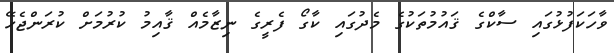
ވާހަކަފުޅުގައި ސާކްގެ ޤައުމުތަކުގެ މެދުގައި ކާގޯ ފެރީގެ ނިޒާމެއް ޤާއިމު ކުރުމަށް ކުރަންޖެހޭ